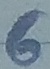
Text: 6